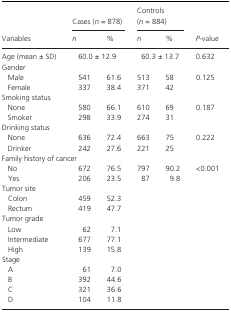
<table><thead><tr><td rowspan="2"><b>Variables</b></td><td colspan="2"><b>Cases (<i>n</i> = 878)</b></td><td colspan="2"><b>Controls (<i>n</i> = 884)</b></td><td rowspan="2"><b><i>P‐</i>value</b></td></tr><tr><td><b><i>n</i></b></td><td><b>%</b></td><td><b><i>n</i></b></td><td><b>%</b></td></tr></thead><tbody><tr><td>Age (mean ± SD)</td><td colspan="2">60.0 ± 12.9</td><td colspan="2">60.3 ± 13.7</td><td>0.632</td></tr><tr><td colspan="6">Gender</td></tr><tr><td>Male</td><td>541</td><td>61.6</td><td>513</td><td>58</td><td rowspan="2">0.125</td></tr><tr><td>Female</td><td>337</td><td>38.4</td><td>371</td><td>42</td></tr><tr><td colspan="6">Smoking status</td></tr><tr><td>None</td><td>580</td><td>66.1</td><td>610</td><td>69</td><td rowspan="2">0.187</td></tr><tr><td>Smoker</td><td>298</td><td>33.9</td><td>274</td><td>31</td></tr><tr><td colspan="6">Drinking status</td></tr><tr><td>None</td><td>636</td><td>72.4</td><td>663</td><td>75</td><td rowspan="2">0.222</td></tr><tr><td>Drinker</td><td>242</td><td>27.6</td><td>221</td><td>25</td></tr><tr><td colspan="6">Family history of cancer</td></tr><tr><td>No</td><td>672</td><td>76.5</td><td>797</td><td>90.2</td><td rowspan="2">&lt;0.001</td></tr><tr><td>Yes</td><td>206</td><td>23.5</td><td>87</td><td>9.8</td></tr><tr><td colspan="6">Tumor site</td></tr><tr><td>Colon</td><td>459</td><td>52.3</td><td></td><td></td><td></td></tr><tr><td>Rectum</td><td>419</td><td>47.7</td><td></td><td></td><td></td></tr><tr><td colspan="6">Tumor grade</td></tr><tr><td>Low</td><td>62</td><td>7.1</td><td></td><td></td><td></td></tr><tr><td>Intermediate</td><td>677</td><td>77.1</td><td></td><td></td><td></td></tr><tr><td>High</td><td>139</td><td>15.8</td><td></td><td></td><td></td></tr><tr><td colspan="6">Stage</td></tr><tr><td>A</td><td>61</td><td>7.0</td><td></td><td></td><td></td></tr><tr><td>B</td><td>392</td><td>44.6</td><td></td><td></td><td></td></tr><tr><td>C</td><td>321</td><td>36.6</td><td></td><td></td><td></td></tr><tr><td>D</td><td>104</td><td>11.8</td><td></td><td></td><td></td></tr></tbody></table>